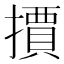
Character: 𭢤